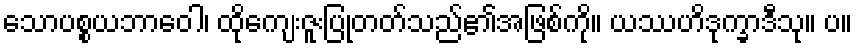
သောပစ္စယဘာဝေါ၊ ထိုကျေးဇူးပြုတတ်သည်၏အဖြစ်ကို။ ယဿဟိဒုက္ခာဒီသု။ ပ။